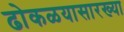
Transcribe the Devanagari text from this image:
ढोकळयासारख्या